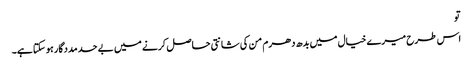
تو
اس طرح میرے خیال میں بدھ دھرم من کی شانتی حاصل کرنے میں بے حد مددگار ہو سکتا ہے۔